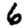
Digit: 6